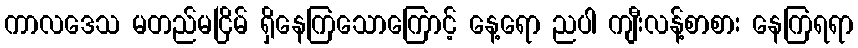
ကာလဒေသ မတည်မငြိမ် ရှိနေကြသောကြောင့် နေ့ရော ညပါ ကျီးလန့်စာစား နေကြရရာ